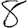
Digit: 8